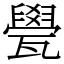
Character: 㽇